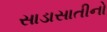
સાડાસાતીનો